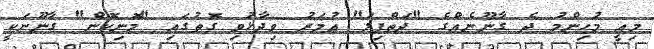
މިއީ މުހިންމު ދެ ގާނޫނެއްގެ "ދަތްޕިލަ" އުމަރު ވިދާޅުވި ގޮތުގައި "މޮނިކޮން" ގާނޫނަކީ